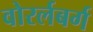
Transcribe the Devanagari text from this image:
वोरर्लबर्ग